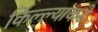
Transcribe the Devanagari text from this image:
किल्ल्यांकडे